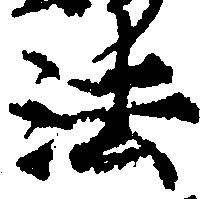
法